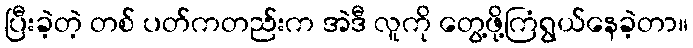
ပြီးခဲ့တဲ့ တစ် ပတ်ကတည်းက အဲဒီ လူကို တွေ့ဖို့ကြံရွယ်နေခဲ့တာ။